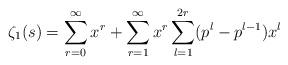
LaTeX: \begin{align*}\zeta_1(s) = \sum_{r =0}^{\infty} x^r + \sum_{r=1}^{\infty} x^r \sum_{l=1}^{2r}(p^l-p^{l-1})x^l\end{align*}